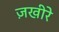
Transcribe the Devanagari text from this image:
ज़खीरे